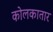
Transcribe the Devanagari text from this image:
कोलकातार